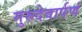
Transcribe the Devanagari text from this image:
गुरुदेवार्पणं